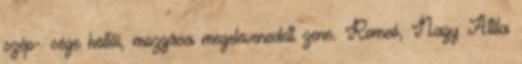
szép- sége költői, mozgása megelevenedett zene. Romeó, Nagy Attila